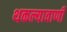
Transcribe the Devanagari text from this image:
थकल्यावाणी